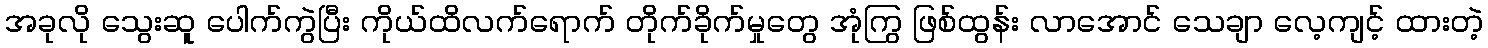
အခုလို သွေးဆူ ပေါက်ကွဲပြီး ကိုယ်ထိလက်ရောက် တိုက်ခိုက်မှုတွေ အုံကြွ ဖြစ်ထွန်း လာအောင် သေချာ လေ့ကျင့် ထားတဲ့